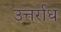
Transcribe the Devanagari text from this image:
उत्तर्राध